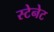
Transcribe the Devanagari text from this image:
स्टेनेट